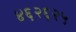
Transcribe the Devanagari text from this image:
४६२६२५